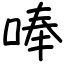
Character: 唪